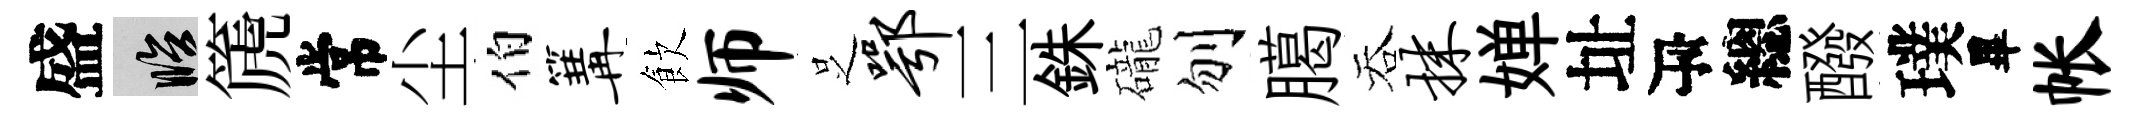
盛臨篪常尘伯篝飲师𠯁鄂三銖礲刎臈吞抹婵址瓴總醱璞畢帐